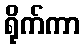
ရိုက်ကာ